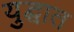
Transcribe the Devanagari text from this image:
युद्घात